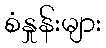
စံနှုန်းများ